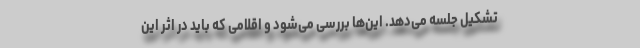
تشکیل جلسه می‌دهد. این‌ها بررسی می‌شود و اقلامی که باید در اثر این